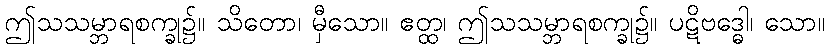
ဤသသမ္ဘာရစက္ခု၌။ သိတော၊ မှီသော။ ဧတ္ထ၊ ဤသသမ္ဘာရစက္ခု၌။ ပဋိဗဒ္ဓေါ၊ သော။